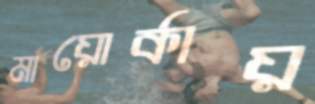
মায়োর্কায়